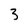
Character: 3